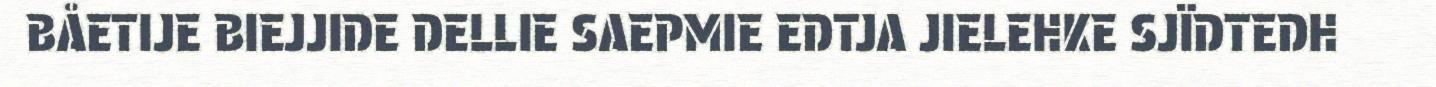
BÅETIJE BIEJJIDE DELLIE SAEPMIE EDTJA JIELEHKE SJÏDTEDH